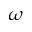
\omega